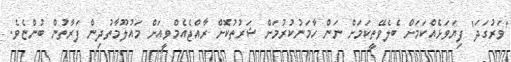
'ވަރުގަދަ' ފިޔަވަޅެއްކަމަށް ބެލެވޭތީކަމަށް ނަން ހާމަނުކުރުމަށް ޝަރުތުކޮށް ރާއްޖެއެމްވީއަށް މައުލޫމާތުދިން ފަރާތުން ބުންޏެވެ.